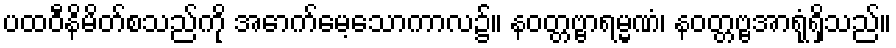
ပထဝီနိမိတ်စသည်ကို အောက်မေ့သောကာလ၌။ နဝတ္တဗ္ဗာရမ္မဏံ၊ နဝတ္တဗ္ဗအာရုံရှိသည်။